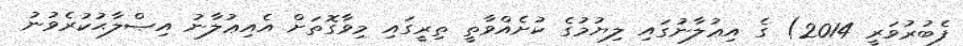
ފެބުރުވަރީ 2014) ގެ އިޢުލާނުގައި ލިޔުމުގެ ކުށެއްވާތީ ތިރީގައި މިވާގޮތަށް އެއިޢުލާނު އިޞްލާޙުކުރެވުނު